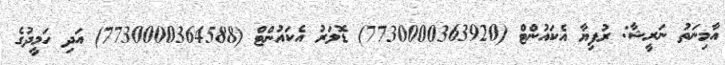
އާމިނަތު ނަރީޝާ: ރުފިޔާ އެކައުންޓް (7730000363920) ޑޮލަރު އެކައުންޓް (7730000364588) އަދި ހަމީދުގެ